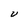
Character: U